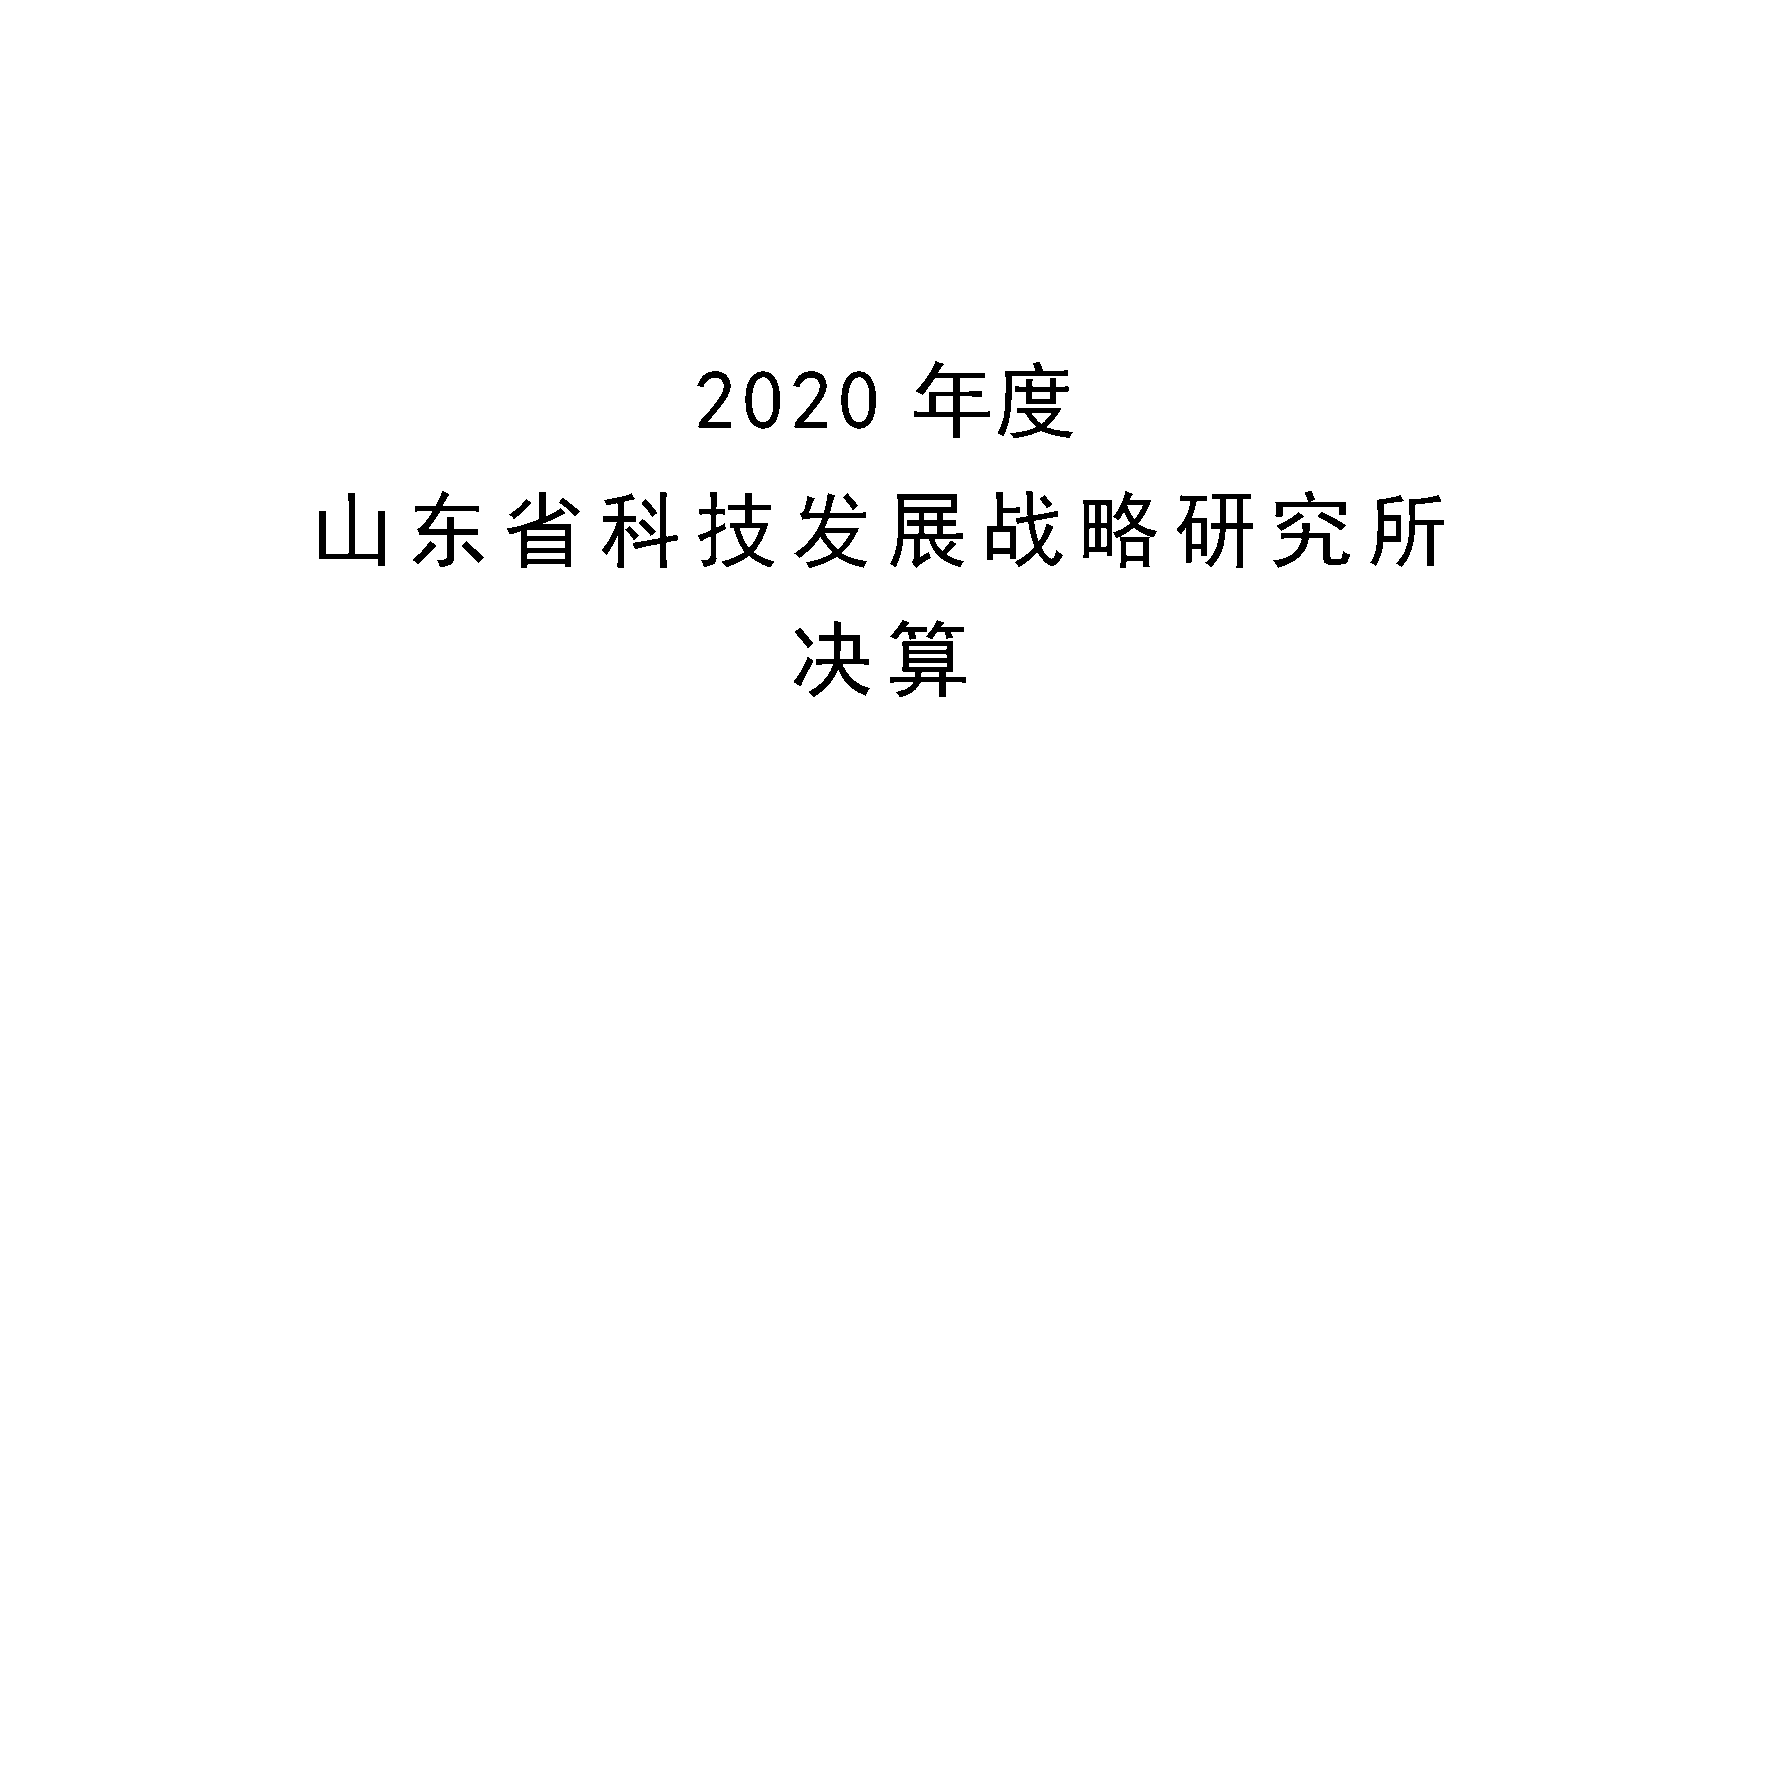
2  0  20      年度
 山     东     省      科     技     发      展     战     略      研     究     所
 决      算